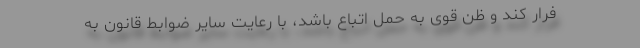
فرار کند و ظن قوی به حمل اتباع باشد، با رعایت سایر ضوابط قانون به